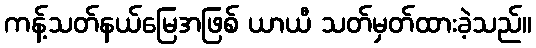
ကန့်သတ်နယ်မြေအဖြစ် ယာယီ သတ်မှတ်ထားခဲ့သည်။